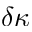
\delta \kappa